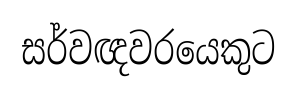
සර්වඥවරයෙකුට